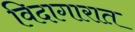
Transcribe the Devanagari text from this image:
विदागारात